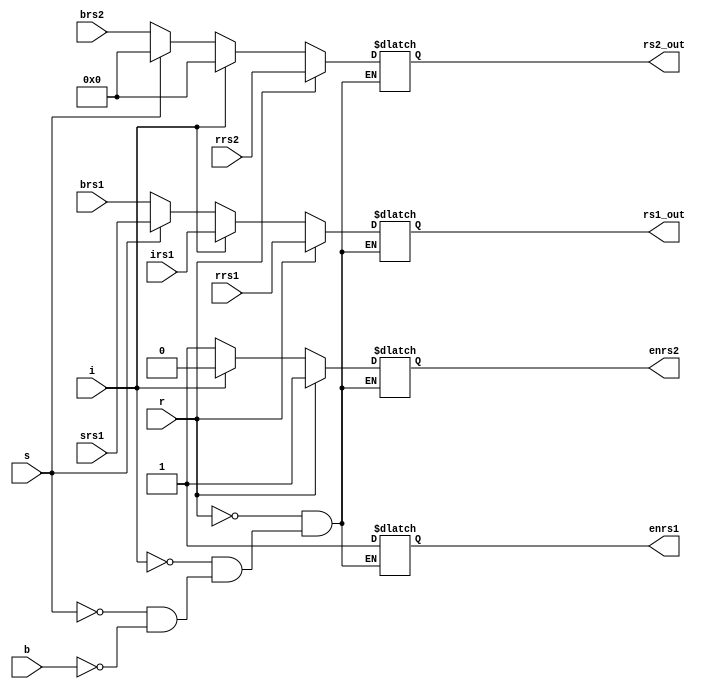
`timescale 1ns / 1ps
//////////////////////////////////////////////////////////////////////////////////
// Company: 
// Engineer: 
// 
// Design Name: 
// Module Name: choose_rin
// Project Name: 
// Target Devices: 
// Tool Versions: 
// Description: 
// 
// Dependencies: 
// 
// Revision:
// Revision 0.01 - File Created
// Additional Comments:
// 
//////////////////////////////////////////////////////////////////////////////////


module choose_rin(
    input [4:0]rrs1,
    input [4:0]rrs2,
    input [4:0]irs1,
    input [4:0]srs1,
    input [4:0]brs1,
    input [4:0]brs2,
    input r,
    input i,
    input s,
    input b,
    output reg [4:0]rs1_out,
    output reg [4:0]rs2_out,
    output reg enrs1,
    output reg enrs2
    );
    
    always @ *
    begin
        if(1==r)
        begin
            enrs1<=1;
            enrs2<=1;
            rs1_out<=rrs1;
            rs2_out<=rrs2;
        end
        else if(1==i)
        begin
            enrs1<=1;
            enrs2<=0;
            rs1_out<=irs1;
            rs2_out<=0;
        end
        else if(1==s)
        begin
            enrs1<=1;
            enrs2<=1;
            rs1_out<=srs1;
            rs2_out<=0;
        end
        else if(1==b)
        begin
            enrs1<=1;
            enrs2<=1;
            rs1_out<=brs1;
            rs2_out<=brs2;
        end
    end
endmodule